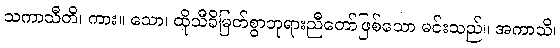
သကာသီတိ၊ ကား။ သော၊ ထိုသီခိမြတ်စွာဘုရားညီတော်ဖြစ်သော မင်းသည်။ အကာသိ၊